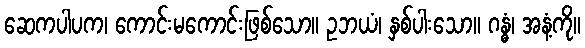
ဆေကပါပက၊ ကောင်းမကောင်းဖြစ်သော။ ဥဘယံ၊ နှစ်ပါးသော။ ဂန္ဓံ၊ အနံ့ကို။